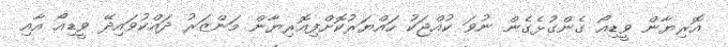
އޮރިޔާން ވީޑިއޯ ގެންގުޅެގެން ނުވަ ކުއްޖަކު ހައްޔަރުކޮށްފިއޮރިޔާން މަންޒަރު ދައްކުވައިދޭ ވީޑިއޯ އާއި